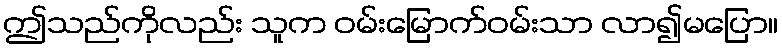
ဤသည်ကိုလည်း သူက ဝမ်းမြောက်ဝမ်းသာ လာ၍မပြော။